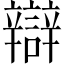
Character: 辯